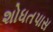
શોધતપાસ